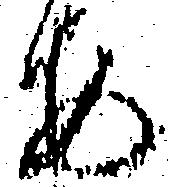
安